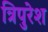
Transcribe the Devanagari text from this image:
त्रिपुरेश